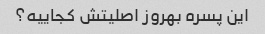
این پسره بهروز اصلیتش کجاییه؟